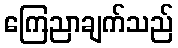
ကြေညာချက်သည်